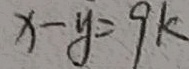
x - y = 9 k